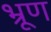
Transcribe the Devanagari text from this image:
भ्रूण